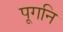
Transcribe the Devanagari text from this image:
पूगनि